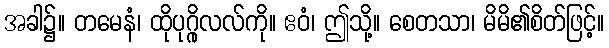
အခါ၌။ တမေနံ၊ ထိုပုဂ္ဂိုလလ်ကို။ ဧဝံ၊ ဤသို့။ စေတသာ၊ မိမိ၏စိတ်ဖြင့်။